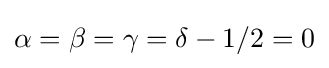
{\textstyle \alpha =\beta =\gamma =\delta -1/2=0}